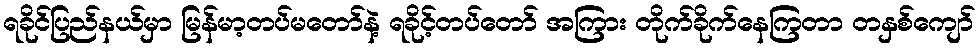
ရခိုင်ပြည်နယ်မှာ မြန်မာ့တပ်မတော်နဲ့ ရခိုင့်တပ်တော် အကြား တိုက်ခိုက်နေကြတာ တနှစ်ကျော်